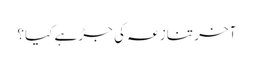
آخر تنازعہ کی جڑ ہے کیا؟